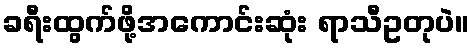
ခရီးထွက်ဖို့အကောင်းဆုံး ရာသီဥတုပဲ။